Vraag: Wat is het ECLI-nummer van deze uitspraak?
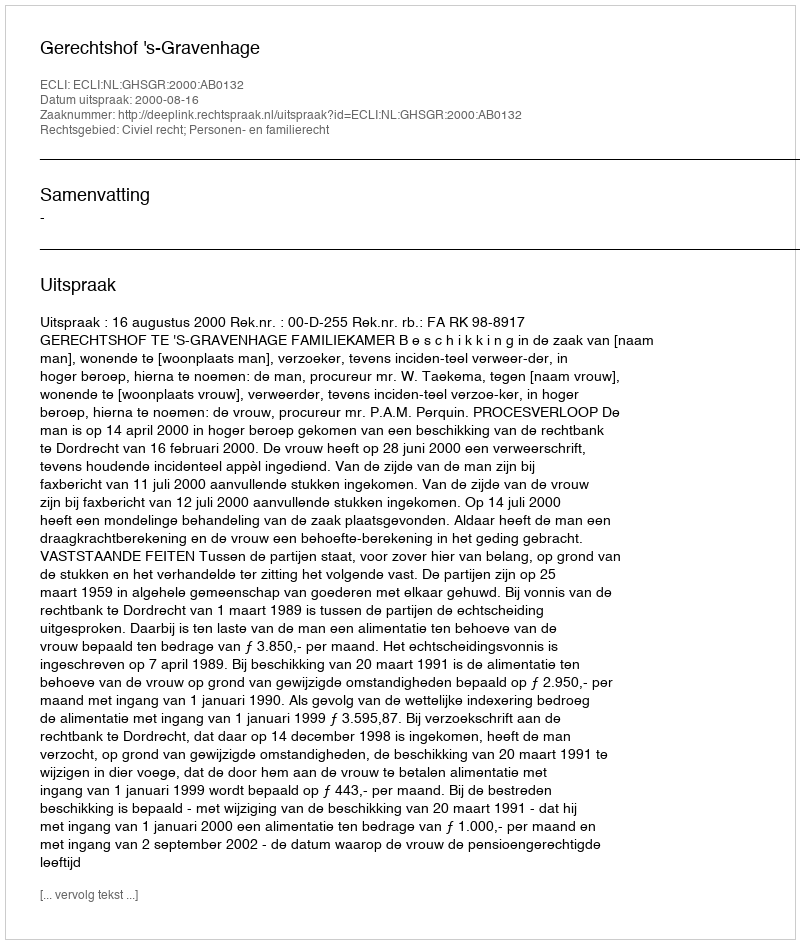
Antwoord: ECLI:NL:GHSGR:2000:AB0132